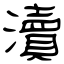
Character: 瀆